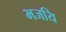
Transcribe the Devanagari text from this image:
भजयि